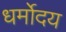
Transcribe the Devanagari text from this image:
धर्मोदय